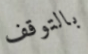
بالتوقف